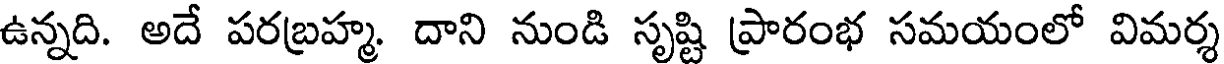
ఉన్నది. అదే పరబ్రహ్మ. దాని నుండి సృష్టి ప్రారంభ సమయంలో విమర్శ